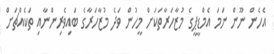
އެހެން ނޫން ނަމަ އެމްޑީޕީގެ މުޒާހަރާތަކަށް މީހުން ވަދެ މުޒާހަރާގެ ބައިވެރިންނާއި ތަކެއްޗަށް